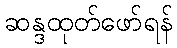
ဆန္ဒထုတ်ဖော်ရန်